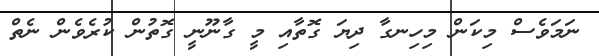
ނަމަވެސް މިކަން މިހިނގާ ދިޔަ ގޮތާއި މީ ގާނޫނީ ގޮތުން ކުރެވެން ނެތް